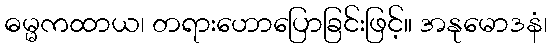
ဓမ္မကထာယ၊ တရားဟောပြောခြင်းဖြင့်။ အနုမောဒနံ၊